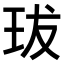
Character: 𤤒